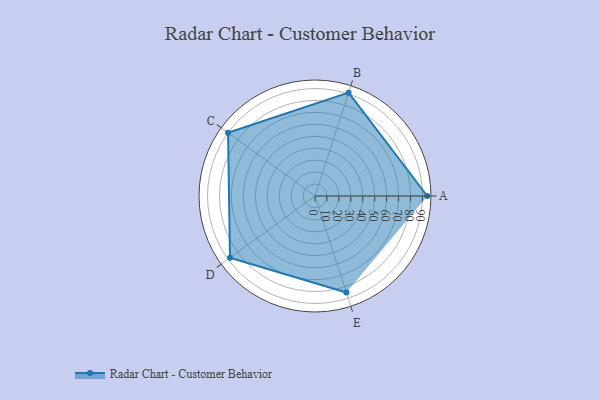
{"axis": {"x": "Skill", "y": "Score"}, "legend": ["Profile"], "data": [{"x": "A", "y": 94.0, "type": "Profile"}, {"x": "B", "y": 91.0, "type": "Profile"}, {"x": "C", "y": 90.0, "type": "Profile"}, {"x": "D", "y": 88.0, "type": "Profile"}, {"x": "E", "y": 85.0, "type": "Profile"}]}